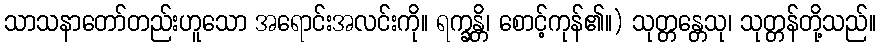
သာသနာတော်တည်းဟူသော အရောင်းအလင်းကို။ ရက္ခန္တိ၊ စောင့်ကုန်၏။) သုတ္တန္တေသု၊ သုတ္တန်တို့သည်။